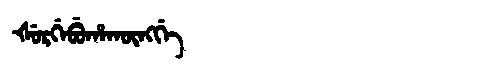
Manchu: ᡧᡠᡵᡤᡝᠪᡠᡥᠠᡴᡡᠩᡤᡝ
Romanization: ŠURGEBUHAKŪNGGE